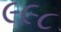
૯૯૮